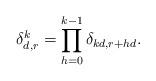
LaTeX: \begin{align*}\delta_ {d, r}^k = \prod_{h=0}^{k-1} \delta_{kd,r+hd}. \end{align*}